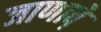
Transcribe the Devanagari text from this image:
जाणावे़